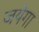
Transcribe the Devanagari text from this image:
जयेगा